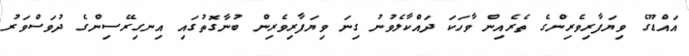
އައްޑޫގެ ވިޔަފާރިވެރިންގެ ތެރެއިން ވާހަކަ ދައްކާލެވުނު ގިނަ ވިޔަފާރިވެރިން ބުނާގޮތުގައި އިނގިރޭސިންގެ ދުވަސްވަރު